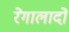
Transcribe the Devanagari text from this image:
रेगालादो